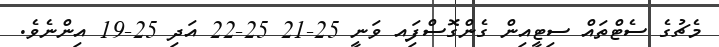
މެޗުގެ ސެޓްތައް ސިޓީއިން ގެންގޮސްފަިއ ވަނީ 25-21 25-22 އަދި 25-19 އިންނެވެ.